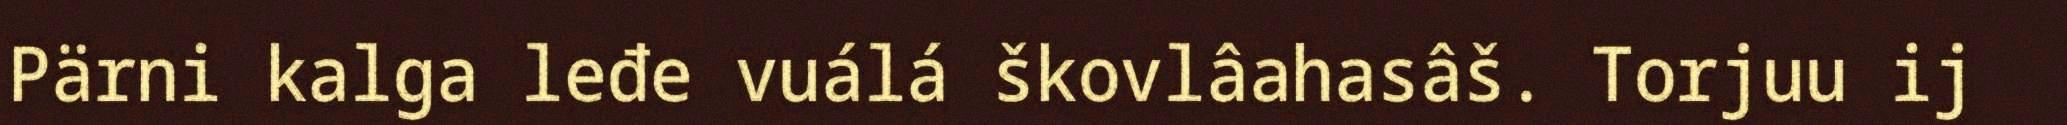
Pärni kalga leđe vuálá škovlâahasâš. Torjuu ij